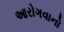
આરોગવાનો